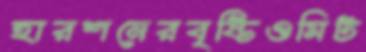
হারশনেরবৃষ্টিওমিট